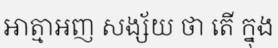
ឤត្មាអញ សង្ស័យ ថា តើ ក្នុង